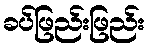
ခပ်ဖြည်းဖြည်း